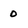
Character: 0